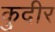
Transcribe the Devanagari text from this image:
कुदीर